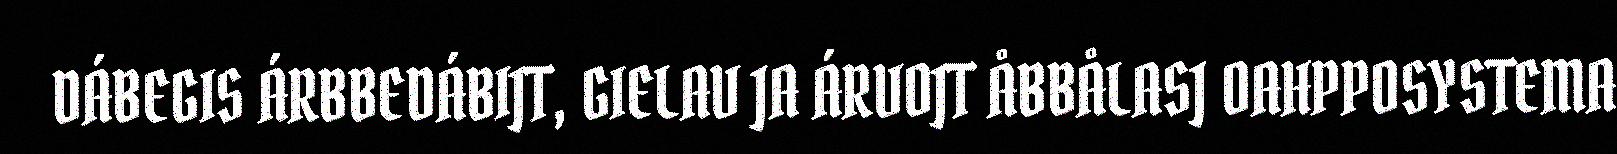
DÁBEGIS ÁRBBEDÁBIJT, GIELAV JA ÁRVOJT ÅBBÅLASJ OAHPPOSYSTEMA